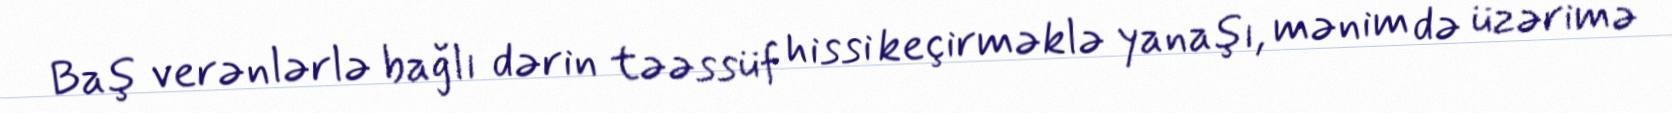
Baş verənlərlə bağlı dərin təəssüf hissi keçirməklə yanaşı, mənim də üzərimə